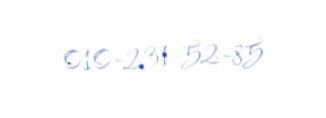
010-231-52-85